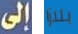
إلى بلازا